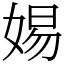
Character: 㛫